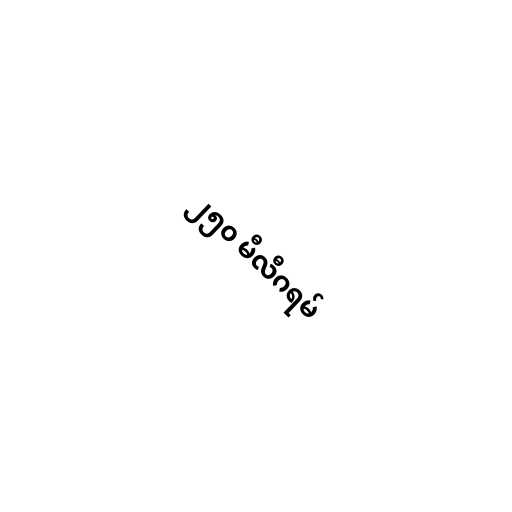
၂၅၀ မီလီဂရမ်